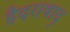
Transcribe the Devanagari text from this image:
हैदराबाद्